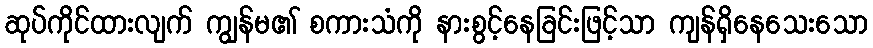
ဆုပ်ကိုင်ထားလျက် ကျွန်မ၏ စကားသံကို နားစွင့်နေခြင်းဖြင့်သာ ကျန်ရှိနေသေးသော